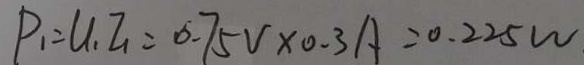
P _ { 1 } = U _ { 1 } I _ { 1 } = 0 . 7 5 V \times 0 . 3 A = 0 . 2 2 5 w